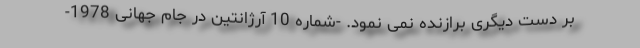
بر دست دیگری برازنده نمی نمود. -شماره 10 آرژانتین در جام جهانی 1978-